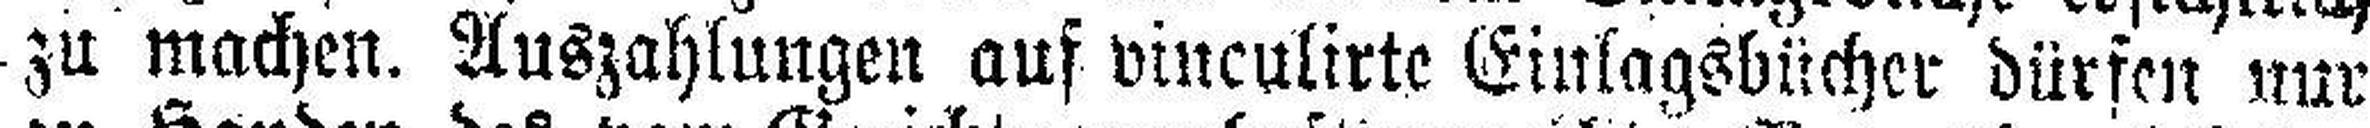
zu machen. Auszahlungen auf vinculirte Einlagsbücher dürfen nur